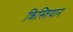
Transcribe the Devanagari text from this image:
क्रिस्तियान